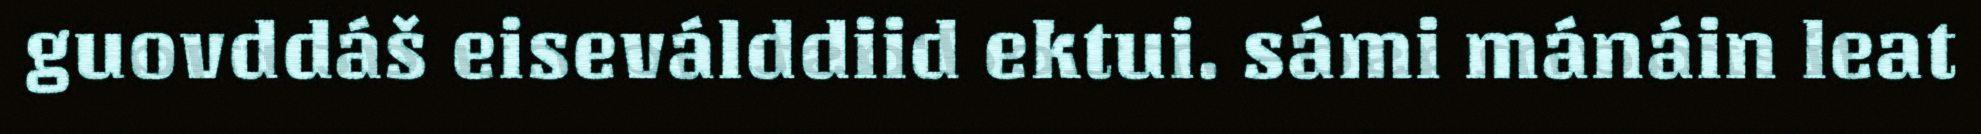
guovddáš eiseválddiid ektui. sámi mánáin leat